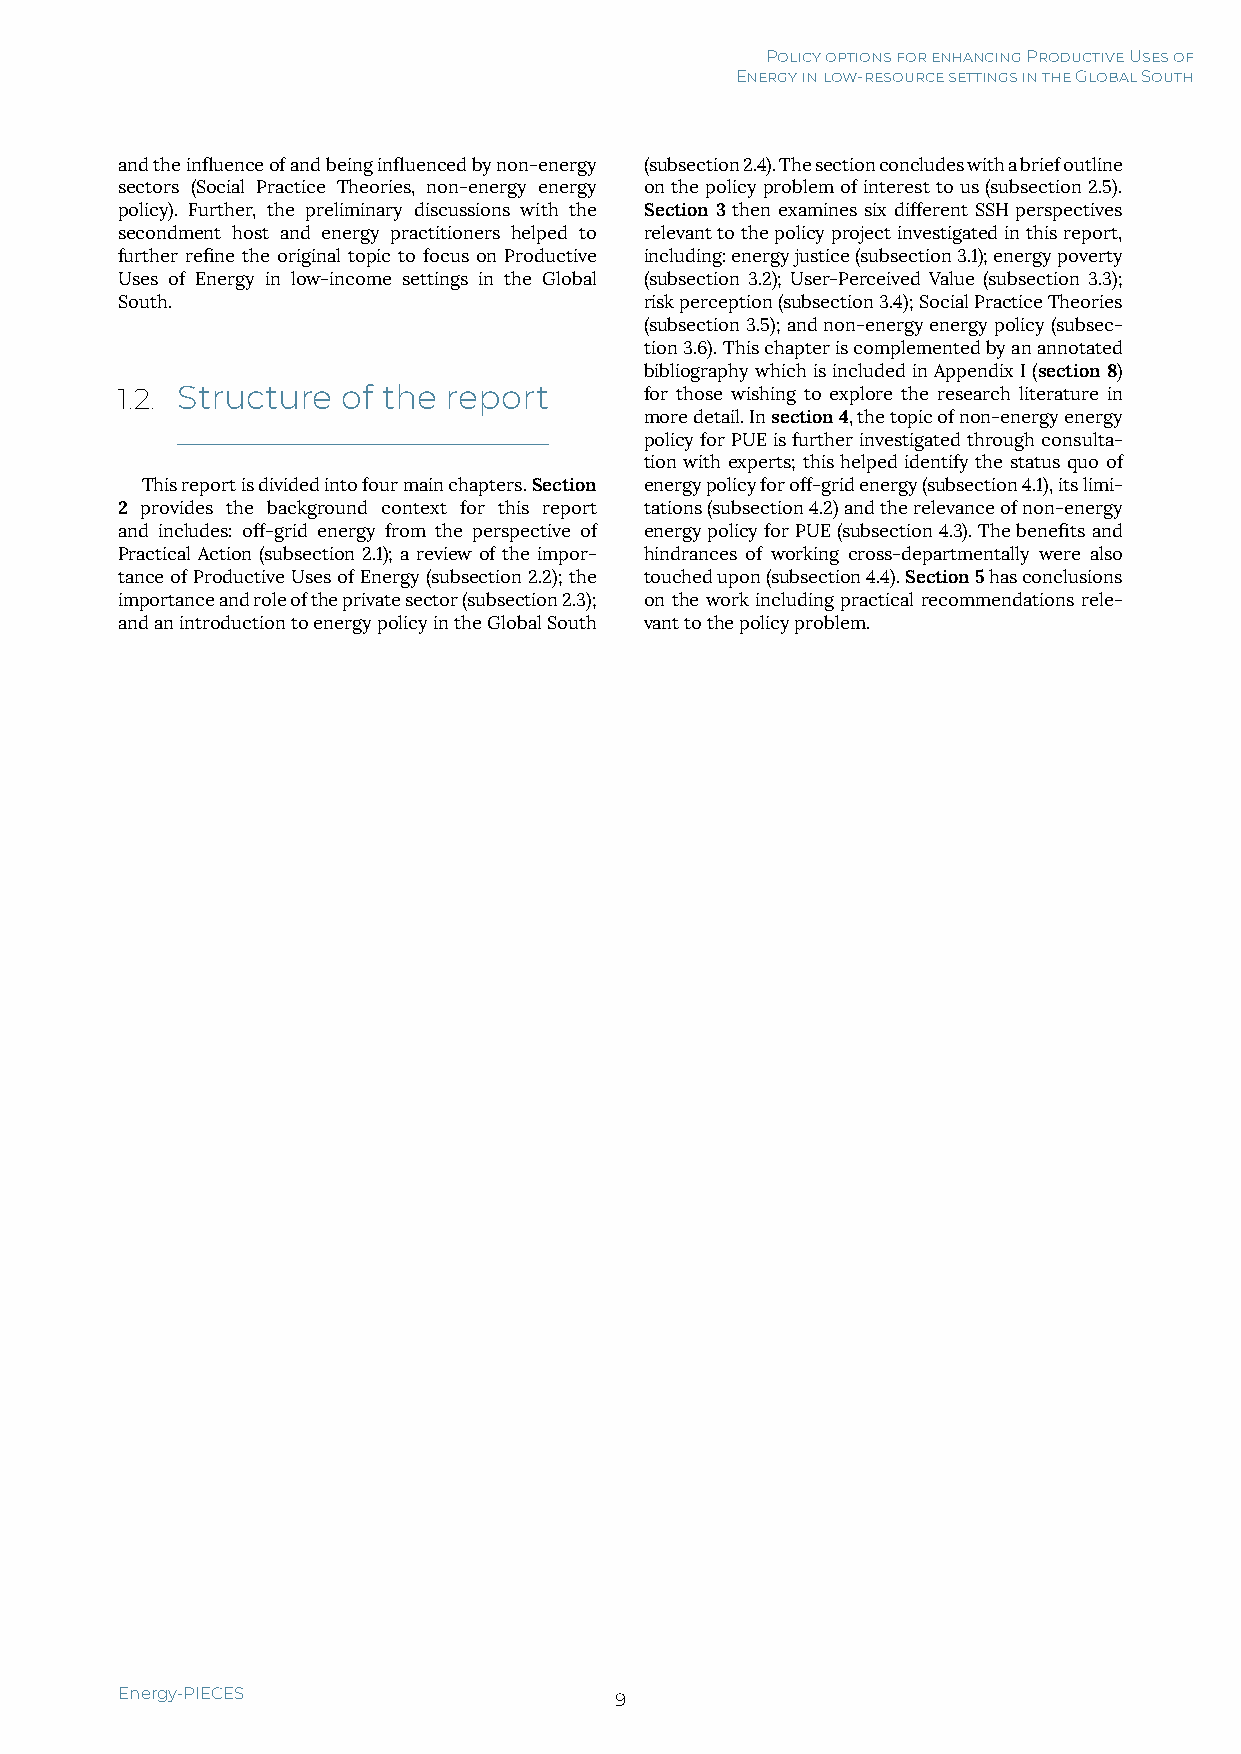
Policy options for enhancing Productive Uses of
 Energy in low-resource settings in the Global South
 and the influence of and being influenced by non-energy (subsection 2.4). The section concludes with a brief outline
 sectors (Social Practice Theories, non-energy energy on the policy problem of interest to us (subsection 2.5).
 policy). Further, the preliminary discussions with the Section 3 then examines six different SSH perspectives
 secondment host and energy practitioners helped to relevant to the policy project investigated in this report,
 further refine the original topic to focus on Productive including: energy justice (subsection 3.1); energy poverty
 Uses of Energy in low-income settings in the Global (subsection 3.2); User-Perceived Value (subsection 3.3);
 South.                             risk perception (subsection 3.4); Social Practice Theories
 (subsection 3.5); and non-energy energy policy (subsec-
 tion 3.6). This chapter is complemented by an annotated
 bibliography which is included in Appendix I (section 8)
 1.2. Structure of the report       for those wishing to explore the research literature in
 more detail. In section 4, the topic of non-energy energy
 policy for PUE is further investigated through consulta-
 tion with experts; this helped identify the status quo of
 This report is divided into four main chapters. Section energy policy for off-grid energy (subsection 4.1), its limi-
 2 provides the background context for this report tations (subsection 4.2) and the relevance of non-energy
 and includes: off-grid energy from the perspective of energy policy for PUE (subsection 4.3). The benefits and
 Practical Action (subsection 2.1); a review of the impor- hindrances of working cross-departmentally were also
 tance of Productive Uses of Energy (subsection 2.2); the touched upon (subsection 4.4). Section 5 has conclusions
 importance and role of the private sector (subsection 2.3); on the work including practical recommendations rele-
 and an introduction to energy policy in the Global South vant to the policy problem.
 Energy-PIECES                    9